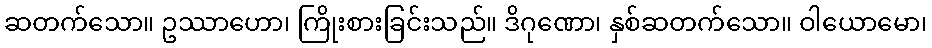
ဆတက်သော။ ဥဿာဟော၊ ကြိုးစားခြင်းသည်။ ဒိဂုဏော၊ နှစ်ဆတက်သော။ ဝါယောမော၊